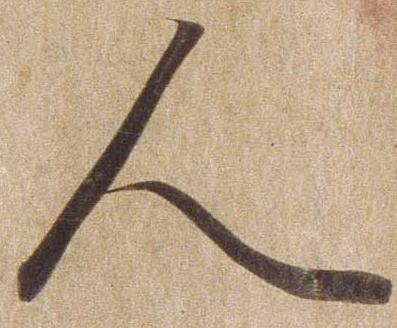
人